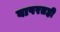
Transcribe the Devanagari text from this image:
वापरतही